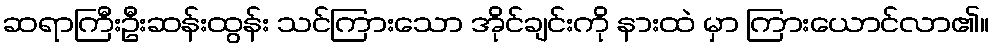
ဆရာကြီးဦးဆန်းထွန်း သင်ကြားသော အိုင်ချင်းကို နားထဲ မှာ ကြားယောင်လာ၏။